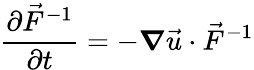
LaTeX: \frac{\partial\vec{F}^{-1}}{\partial t}=-\boldsymbol{\nabla}\vec{u}\cdot\vec{F}^{-1}